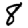
Digit: 8